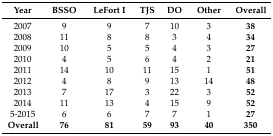
<table><thead><tr><td><b>Year</b></td><td><b>BSSO</b></td><td><b>LeFort I</b></td><td><b>TJS</b></td><td><b>DO</b></td><td><b>Other</b></td><td><b>Overall</b></td></tr></thead><tbody><tr><td>2007</td><td>9</td><td>9</td><td>7</td><td>10</td><td>3</td><td><b>38</b></td></tr><tr><td>2008</td><td>11</td><td>8</td><td>8</td><td>3</td><td>4</td><td><b>34</b></td></tr><tr><td>2009</td><td>10</td><td>5</td><td>5</td><td>4</td><td>3</td><td><b>27</b></td></tr><tr><td>2010</td><td>4</td><td>5</td><td>6</td><td>4</td><td>2</td><td><b>21</b></td></tr><tr><td>2011</td><td>14</td><td>10</td><td>11</td><td>15</td><td>1</td><td><b>51</b></td></tr><tr><td>2012</td><td>4</td><td>8</td><td>9</td><td>13</td><td>14</td><td><b>48</b></td></tr><tr><td>2013</td><td>7</td><td>17</td><td>3</td><td>22</td><td>3</td><td><b>52</b></td></tr><tr><td>2014</td><td>11</td><td>13</td><td>4</td><td>15</td><td>9</td><td><b>52</b></td></tr><tr><td>5-2015</td><td>6</td><td>6</td><td>7</td><td>7</td><td>1</td><td><b>27</b></td></tr><tr><td><b>Overall</b></td><td><b>76</b></td><td><b>81</b></td><td><b>59</b></td><td><b>93</b></td><td><b>40</b></td><td><b>350</b></td></tr></tbody></table>